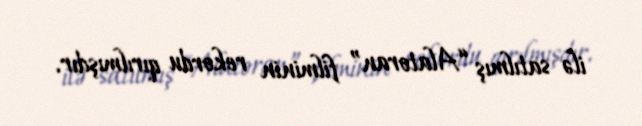
ilə satılmış “Alatoran” filminin rekordu qırılmışdır.